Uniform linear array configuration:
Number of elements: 64
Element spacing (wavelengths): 0.75
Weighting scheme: hann
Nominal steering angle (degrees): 30
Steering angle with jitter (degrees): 28.616
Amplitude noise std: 0.05
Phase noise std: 0.05

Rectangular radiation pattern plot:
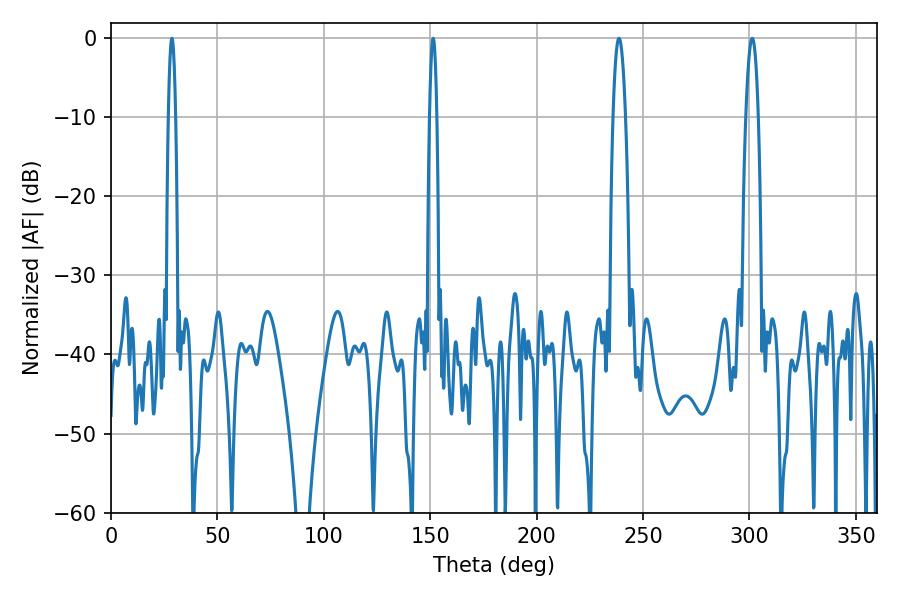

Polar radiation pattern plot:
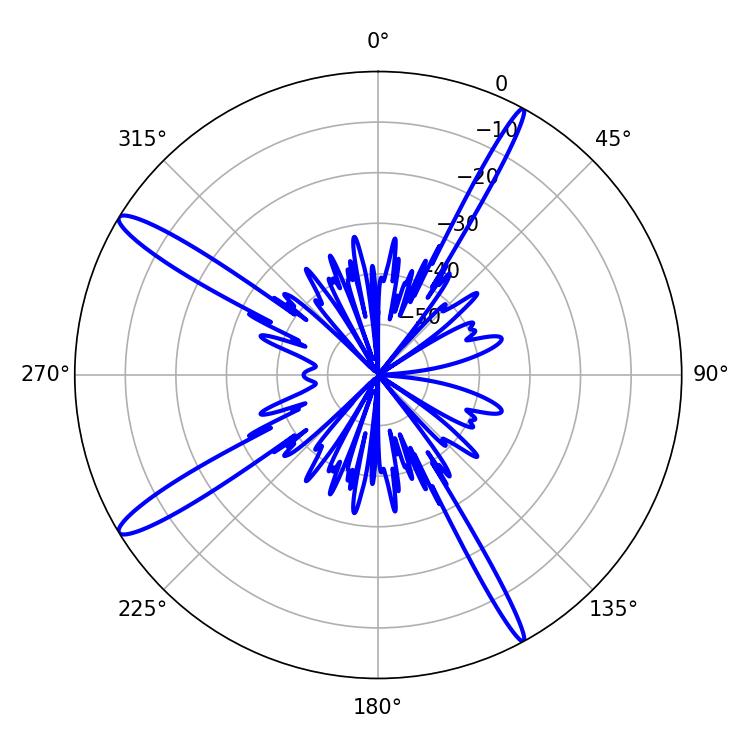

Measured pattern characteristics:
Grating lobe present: TRUE
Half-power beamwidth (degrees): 1.8
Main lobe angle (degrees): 151.38